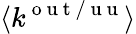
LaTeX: \langle k^{\mathrm{~o~u~t~/~u~u~}}\rangle